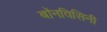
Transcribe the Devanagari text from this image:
बॉनविसिनी